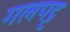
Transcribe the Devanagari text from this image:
गलपट्ट